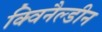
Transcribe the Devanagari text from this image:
क्विनैल्डीन